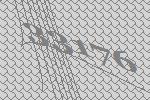
33176